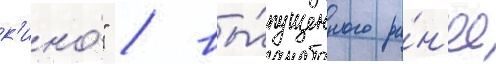
к'ино́" / вы́пущенного ра́н'ее